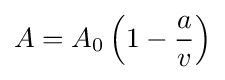
A=A_{0}\left(1-{\frac {a}{v}}\right)